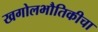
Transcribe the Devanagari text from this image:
खगोलभौतिकीचा